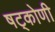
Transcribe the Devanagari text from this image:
षट्कोणी